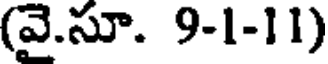
(వై.సూ. 9-1-11)